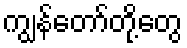
ကျွန်တော်တို့တွေ